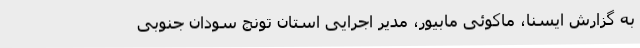
به گزارش ایسنا، ماکوئی مابیور، مدیر اجرایی استان تونج سودان جنوبی